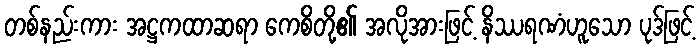
တစ်နည်းကား အဋ္ဌကထာဆရာ ကေစိတို့၏ အလိုအားဖြင့် နိဿရဏံဟူသော ပုဒ်ဖြင့်